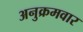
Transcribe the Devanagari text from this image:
अनुक्रमवार